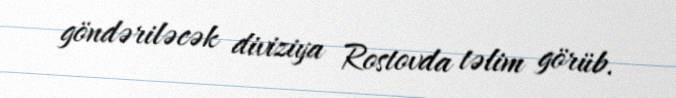
göndəriləcək diviziya Rostovda təlim görüb.